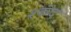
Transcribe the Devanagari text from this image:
श्कंद